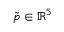
\tilde { p } \in \mathbb { R } ^ { 5 }